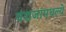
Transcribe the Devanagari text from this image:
वंशजांमधल्ये